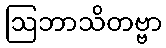
ဩဘာသိတဗ္ဗာ